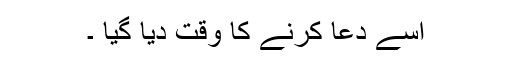
اسے دعا کرنے کا وقت دیا گیا ۔